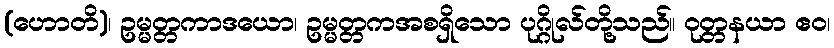
(ဟောတိ)၊ ဥမ္မတ္တကာဒယော၊ ဥမ္မတ္တကအစရှိသော ပုဂ္ဂိုလ်တို့သည်။ ဝုတ္တနယာ ဧဝ၊